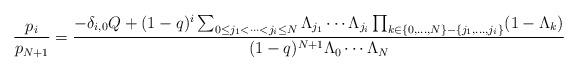
LaTeX: \begin{align*} \frac{p_i}{p_{N+1}} = \frac{-\delta_{i,0}Q + (1-q)^i \sum_{0 \leq j_1 < \cdots < j_i \leq N} \Lambda_{j_1} \cdots \Lambda_{j_i} \prod_{k \in \{0,\dots,N\}-\{j_1, \dots, j_i\}} (1-\Lambda_k)} {(1-q)^{N+1} \Lambda_0 \cdots \Lambda_N} \end{align*}